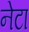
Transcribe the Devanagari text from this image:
नेटा